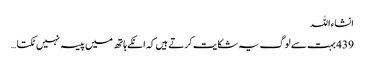
انشاءاللہ
439 بہت سے لوگ یہ شکایت کرتے ہیں کہ انکے ہاتھ میں پیسہ نہیں ٹکتا …